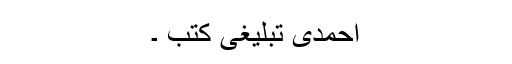
احمدی تبلیغی کتب ۔